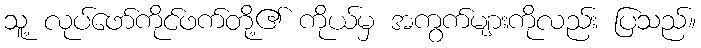
သူ့ လုပ်ဖော်ကိုင်ဖက်တို့၏ ကိုယ်မှ အကွက်များကိုလည်း ပြသည်။